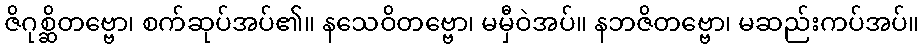
ဇိဂုစ္ဆိတဗ္ဗော၊ စက်ဆုပ်အပ်၏။ နသေဝိတဗ္ဗော၊ မမှီဝဲအပ်။ နဘဇိတဗ္ဗော၊ မဆည်းကပ်အပ်။